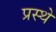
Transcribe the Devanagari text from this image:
प्रस्थे